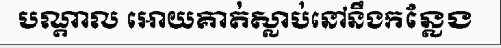
បណ្តាល អោយគាត់ស្លាប់នៅនឹងកន្លែង